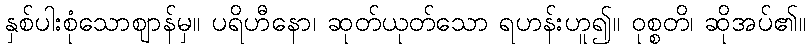
နှစ်ပါးစုံသောဈာန်မှ။ ပရိဟီနော၊ ဆုတ်ယုတ်သော ရဟန်းဟူ၍။ ဝုစ္စတိ၊ ဆိုအပ်၏။